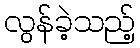
လွန်ခဲ့သည့်